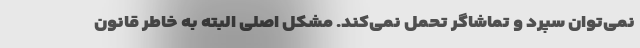
نمی‌توان سپرد و تماشاگر تحمل نمی‌کند. مشکل اصلی البته به خاطر قانون